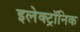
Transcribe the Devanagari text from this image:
इलेक्‍ट्रॉनिक